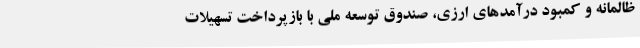
ظالمانه و کمبود درآمدهای ارزی، صندوق توسعه ملی با بازپرداخت تسهیلات